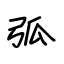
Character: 弧